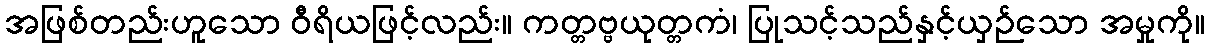
အဖြစ်တည်းဟူသော ဝီရိယဖြင့်လည်း။ ကတ္တဗ္ဗယုတ္တကံ၊ ပြုသင့်သည်နှင့်ယှဉ်သော အမှုကို။